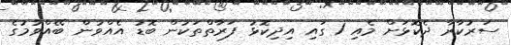
ސަރުކާރާ ދެކޮޅަށް މެއި 1 ގައި އިދިކޮޅު ފަރާތްތަކުން ބޮޑު އެއްވުން ބޭއްވުމުގެ